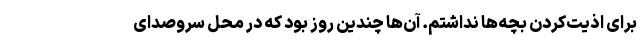
برای اذیت‌کردن بچه‌ها نداشتم. آن‌ها چندین روز بود که در محل سروصدای